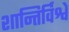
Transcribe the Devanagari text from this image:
शान्तिर्विश्वे